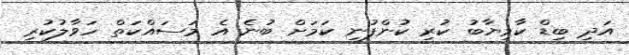
އަދި ބިޑް ކާމިޔާބު ކުރި ކުންފުނި ކަމަށް ބުނެ އެ މަސައްކަތް ހަވާލުކުރި